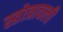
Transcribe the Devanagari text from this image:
स्तोत्रावली